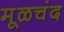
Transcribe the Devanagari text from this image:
मूळचंद